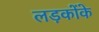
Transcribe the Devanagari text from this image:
लड़कोंके